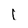
Character: 1